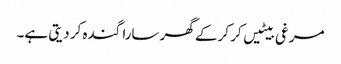
مرغی بیٹیں کر کرکے گھر سارا گندہ کر دیتی ہے۔